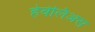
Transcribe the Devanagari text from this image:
हेवेलिअस